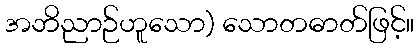
အဘိညာဉ်ဟူသော) သောတဓာတ်ဖြင့်။